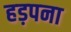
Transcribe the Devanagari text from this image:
हड़पना